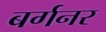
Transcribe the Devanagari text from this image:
बर्गनर